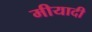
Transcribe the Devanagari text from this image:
मीयादी